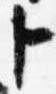
ト